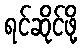
ရင်ဆိုင်ဖို့